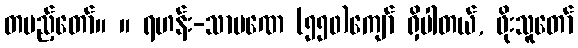
တပည့်တော်။ ။ ရဟန်း-သာမဏေ (၅၅၀)ကျော် ရှိပါတယ်, ဖိုးသူတော်